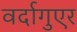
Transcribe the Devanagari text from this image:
वर्दागुएर